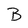
Character: B